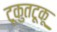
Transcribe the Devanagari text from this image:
टूकुतटूकू